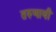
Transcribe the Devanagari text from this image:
तरुणायी